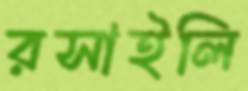
রসাইলি